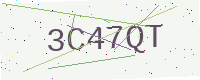
Text: 3C47QT